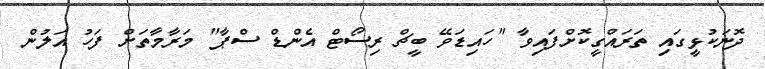
ދޮނަކުޅީގައި ތަރައްގީކޮށްފައިވާ "ހައިޑަވޭ ބީޗް ރިސޯޓް އެންޑް ސްޕާ" މަރާމާތަށް ފަހު އަލުން